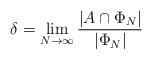
LaTeX: \begin{align*}\delta=\lim_{N \to \infty} \dfrac{|A \cap \Phi_N|}{|\Phi_N|}\end{align*}